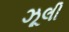
ઝૂલી